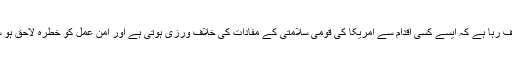
ان کا موقف رہا ہے کہ ایسے کسی اقدام سے امریکا کی قومی سلامتی کے مفادات کی خلاف ورزی ہوتی ہے اور امن عمل کو خطرہ لاحق ہو سکتا ہے۔